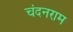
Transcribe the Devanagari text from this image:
चंदनराम